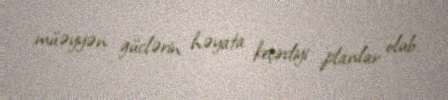
müəyyən güclərin həyata keçirdiyi planlar olub.